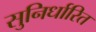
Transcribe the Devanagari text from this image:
सुनिर्धारित